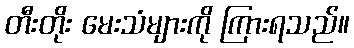
တီးတိုး မေးသံများကို ကြားရသည်။